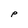
Character: P